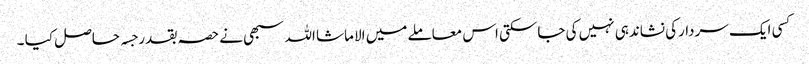
کسی ایک سردارکی نشاندہی نہیں کی جاسکتی اس معاملے میں الا ماشا اللہ سبھی نے حصہ بقدر جسہ حاصل کیا ۔